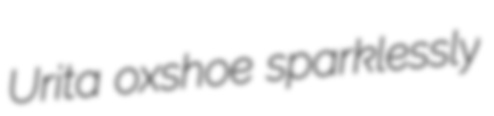
Urita oxshoe sparklessly